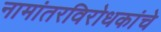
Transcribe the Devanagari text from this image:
नामांतरविरोधकांचे